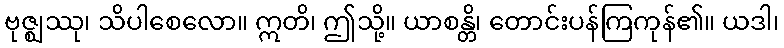
ဗုဇ္ဈဿု၊ သိပါစေလော။ ဣတိ၊ ဤသို့။ ယာစန္တိ၊ တောင်းပန်ကြကုန်၏။ ယဒါ၊